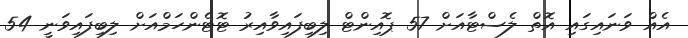
އެއް ވަނައިގައި އޮތް ލެސްޓާއަށް 57 ޕޮއިންޓް ލިބިފައިވާއިރު ޓޮޓެންހަމްއަށް ލިބިފައިވަނީ 54